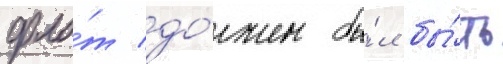
фло́т до́лжен бы́л бы́ть